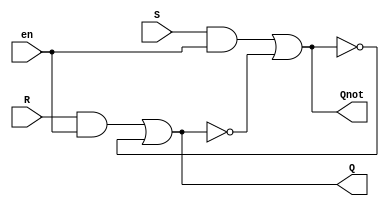
module sr_latch(S, R, Q, Qnot, en);

	input S, R, en;
	output Q, Qnot;

	wire w1, w2;

	assign w1 = R & en;
	assign w2 = S & en;
    assign Q = w1 |~ Qnot;
    assign Qnot = w2 |~ Q;

endmodule